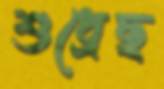
শুধ্‌রেছ